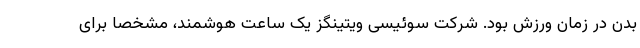
بدن در زمان ورزش بود. شرکت سوئیسی ویتینگز یک ساعت هوشمند، مشخصا برای